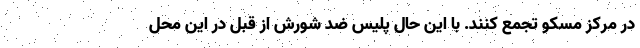
در مرکز مسکو تجمع کنند. با این حال پلیس ضد شورش از قبل در این محل